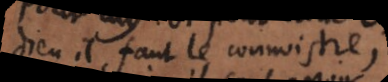
Dieu il faut le connoistre;